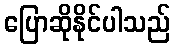
ပြောဆိုနိုင်ပါသည်